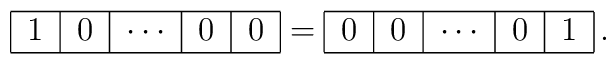
\begin{tabular}{|c|c|c|c|c|}\hline$1$ & $0$ & $\cdots $ & $0$ & $0$ \\ \hline\end{tabular}= \begin{tabular}{|c|c|c|c|c|}\hline$0$ & $0$ & $\cdots $ & $0$ & $1$ \\ \hline\end{tabular}\,.